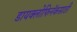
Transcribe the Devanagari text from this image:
डायक्लोफिनॅकसाठी